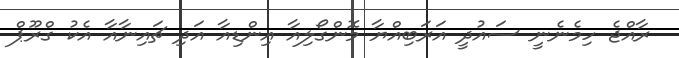
ރާއްޖެ ހިމެނެނީ ސައުދީ އަރަބިއްޔާ މޮންގޯލިއާ އިންޑިއާ އަދި ޗައިނާއާ އެކު ގްރޫޕް